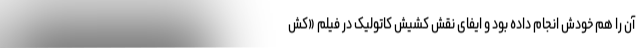
آن را هم خودش انجام داده بود و ایفای نقش کشیش کاتولیک در فیلم «کش